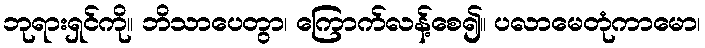
ဘုရားရှင်ကို။ ဘိသာပေတွာ၊ ကြောက်လန့်စေ၍။ ပလာမေတုံကာမော၊